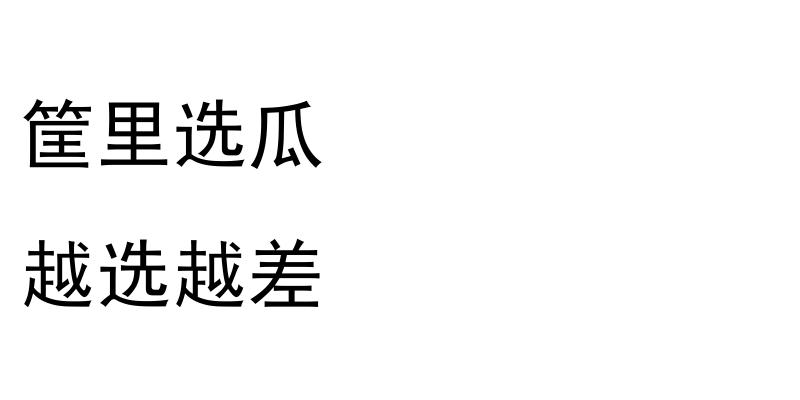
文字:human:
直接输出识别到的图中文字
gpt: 筐里选瓜 越选越差